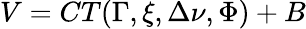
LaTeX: V=CT(\Gamma,\xi,\Delta\nu,\Phi)+B